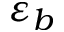
\varepsilon _ { b }